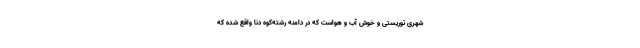
شهری توریستی و خوش آب و هواست که در دامنه رشته‌کوه دنا واقع شده که